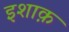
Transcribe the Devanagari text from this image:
इशाक़